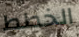
الخطط